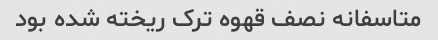
متاسفانه نصف قهوه ترک ریخته شده بود